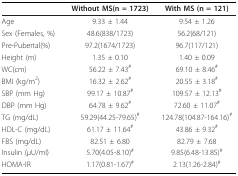
<table><thead><tr><td></td><td><b>Without MS(n = 1723)</b></td><td><b>With MS (n = 121)</b></td></tr></thead><tbody><tr><td>Age</td><td>9.33 ± 1.44</td><td>9.54 ± 1.26</td></tr><tr><td>Sex (Females, %)</td><td>48.6(838/1723)</td><td>56.2(68/121)</td></tr><tr><td>Pre-Pubertal(%)</td><td>97.2(1674/1723)</td><td>96.7(117/121)</td></tr><tr><td>Height (m)</td><td>1.35 ± 0.10</td><td>1.40 ± 0.09</td></tr><tr><td>WC(cm)</td><td>56.22 ± 7.43<sup>#</sup></td><td>69.10 ± 8.46<sup>#</sup></td></tr><tr><td>BMI (kg/m<sup>2</sup>)</td><td>16.32 ± 2.62<sup>#</sup></td><td>20.55 ± 3.18<sup>#</sup></td></tr><tr><td>SBP (mm Hg)</td><td>99.17 ± 10.87<sup>#</sup></td><td>109.57 ± 12.13<sup>#</sup></td></tr><tr><td>DBP (mm Hg)</td><td>64.78 ± 9.62<sup>#</sup></td><td>72.60 ± 11.07<sup>#</sup></td></tr><tr><td>TG (mg/dL)</td><td>59.29(44.25-79.65)<sup>#</sup></td><td>124.78(104.87-164.16)<sup>#</sup></td></tr><tr><td>HDL-C (mg/dL)</td><td>61.17 ± 11.64<sup>#</sup></td><td>43.86 ± 9.32<sup>#</sup></td></tr><tr><td>FBS (mg/dL)</td><td>82.51 ± 6.80</td><td>82.79 ± 7.68</td></tr><tr><td>Insulin (μU/ml)</td><td>5.70(4.05-8.10)<sup>#</sup></td><td>9.85(6.48-13.85)<sup>#</sup></td></tr><tr><td>HOMA-IR</td><td>1.17(0.81-1.67)<sup>#</sup></td><td>2.13(1.26-2.84)<sup>#</sup></td></tr></tbody></table>